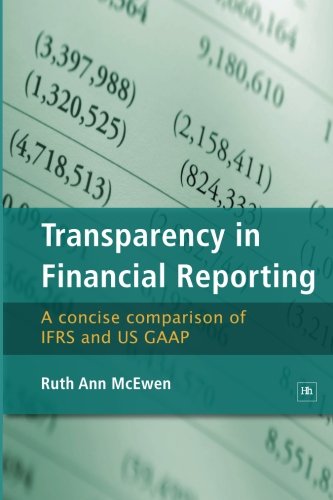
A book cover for Transparency in Financial Reporting: A concise comparison of IFRS and US GAAP; Ruth Ann McEwen; Business & Money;